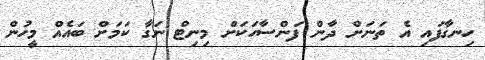
ހިނގާފައި އެ ތަނަށް ދާން ފަންސާހަކަށް މިނިޓް ނަގާ ކަމަށް ބައެއް މީހުން